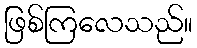
ဖြစ်ကြလေသည်။